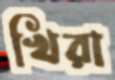
খিরা